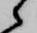
候